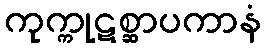
ကုက္ကုဋစ္ဆာပကာနံ